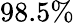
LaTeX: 98.5\%